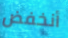
أنخفض